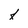
Character: f